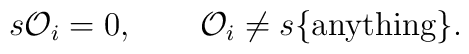
s {\cal O}_i =0,\quad\quad{\cal O}_i \ne  s\{{\rm anything} \}.